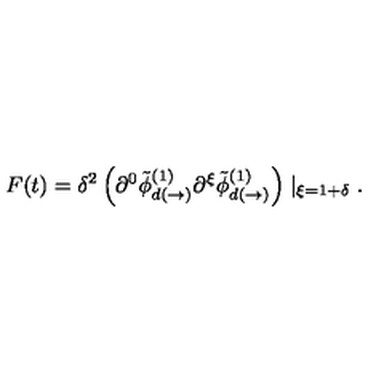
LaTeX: F ( t ) = \delta ^ { 2 } \left( \partial ^ { 0 } \tilde { \phi } _ { d ( \rightarrow ) } ^ { ( 1 ) } \partial ^ { \xi } \tilde { \phi } _ { d ( \rightarrow ) } ^ { ( 1 ) } \right) \mid _ { \xi = 1 + \delta } .